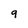
Character: 9